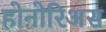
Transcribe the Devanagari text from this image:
होनोरिअस